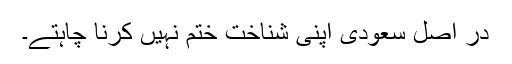
در اصل سعودى اپنى شناخت ختم نہیں کرنا چاہتے۔